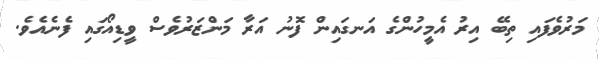
މަރުވެފައި ތިބޭ އިރު އެމީހުންގެ އަނގައިން ފޮނު އަރާ މަންޒަރުވެސް ވީޑިއޯގައި ފެނެއެވެ.